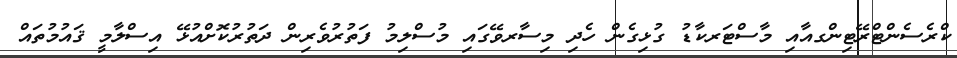
ކްރެސެންޓްރޭޓިންގއާއި މާސްޓަރކާޑު ގުޅިގެން ހެދި މިސާރވޭގައި މުސްލިމު ފަތުރުވެރިން ދަތުރުކޮށްއުޅޭ އިސްލާމީ ޤައުމުތައް